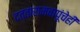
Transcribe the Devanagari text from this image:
दत्तारामबापूंचेही